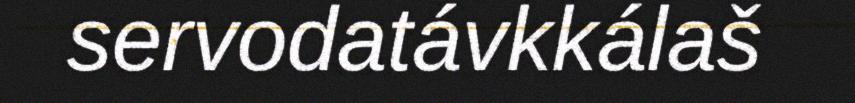
servodatávkkálaš